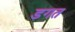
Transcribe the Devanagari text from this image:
डगत